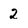
Character: 2